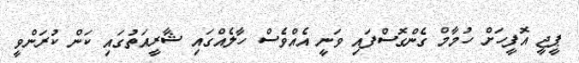
ޕީޖީ އޮފީހަށް ހުމާމް ގެންގޮސްފައި ވަނީ އެއްވެސް ހާލެއްގައި ޝާރީއަތުގައި ކަން ކުރަންވީ